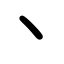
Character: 丶